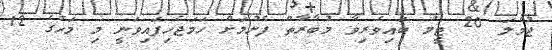
ޖުމްލަ 20 ޓީމު ބައިވެރިވާ މުބާރާތް ފެށުމަށް ހަމަޖެހިފައިވަނީ މި މަހުގެ 12